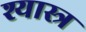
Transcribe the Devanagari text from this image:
श्यास्त्र